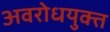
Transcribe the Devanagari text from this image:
अवरोधयुक्त